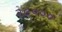
૨૯૦૦૦